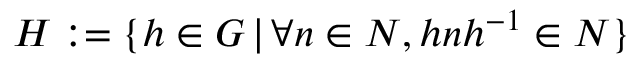
H : = \{ h \in G \, | \, \forall n \in N , h n h ^ { - 1 } \in N \}